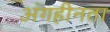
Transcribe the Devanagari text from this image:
अंगहीनता